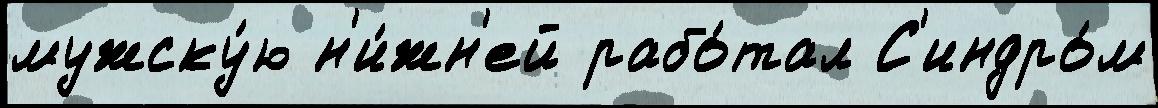
мужску́ю н'и́жн'ей рабо́тал С'индро́м